Report on sanitation, dispensaries, and jails in Rajputana for 1915, and on vaccination for the year 1915-1916 - 1915-1916
Year: 1915
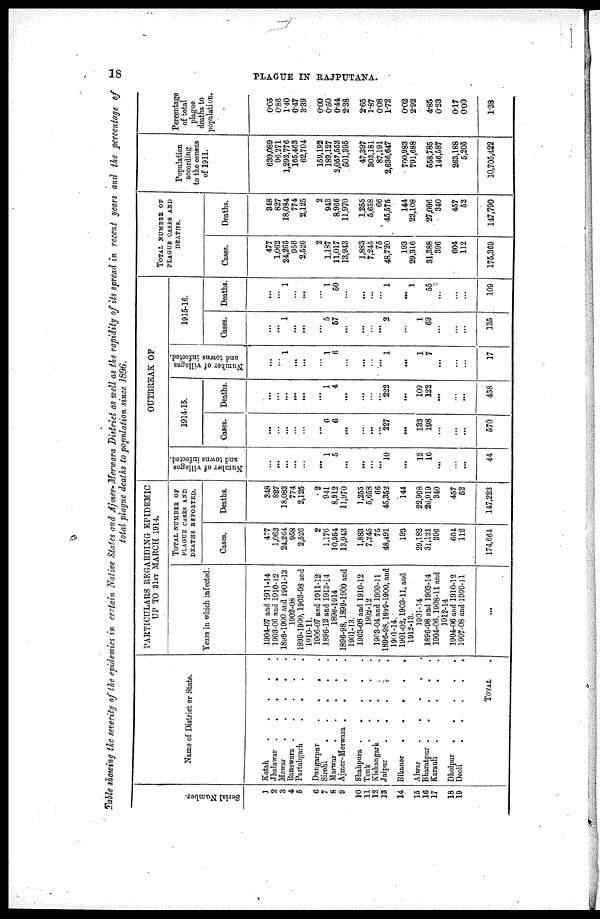
18
PLAGUE IN RAJPUTANA.
Table showing the severity of the epidemics in certain Native States and Ajmer-Merwara District as well as the rapidity of its spread in recent years and the percentage of
total plague deaths to population since 1896.
Serial Number.
1
2
3
4
5
6
7
8
9
10
11
12
13
14
15
16
17
18
19
Name of District or State.
Kotah
.
.
.
.
.
.
Jhalawar .
.
.
.
.
Mewar
.
.
.
.
.
Banswara .
.
.
.
.
Partabgarh
.
.
.
.
Dungarpur
.
.
.
.
Sirohi.
.
.
.
Marwar
.
.
.
.
.
Ajmer-Merwara .
.
.
.
Shahpura .
.
.
.
.
Tonk
.
.
.
.
.
Kishangarh
.
. .
Jaipur
.
.
. .
Bikaner . . . . .
Alwar
.
.
.
.
.
Bharatpur.
.
.
.
Karauli
.
.
.
.
Dholpur.
.
.
.
.
Deoli.
.
.
.
.
TOTAL.
PARTICULARS REGARDING EPIDEMIC
UP TO 31ST MARCH 1914.
Years in which infected.
1904-07 and 1911-14
1903-06 and 1910-12
1898-1900 and 1901-13
1902-08
1899-1900, 1903-08 and
1910-11.
1906-07 and 1911-12
1896-12 and 1913-14
1896-1914
1896-98,1899-1900 and
1901-13.
1903-08 and 1910-12
1902-12
1903-04 and 1909-11
1896-98,1899-1900, and
1901-14.
1901-02,1903-11, and
1912-13.
1901-14
1896-98 and 1903-14
1904-06,1908-11 and
1912-14
1904-06 and 1910-12
1907-08 and 1909-11
...
TOTAL NUMBER OF
PLAGUE CASES AND
DEATHS REPORTED.
Cases.
477
1,062
24,264
958
2,526
2
1,176
10,954
13,943
1,883
7,245
75
48,491
193
29,182
31,121
396
604
112
174,664
Deaths.
348
827
18,083
774
2,125
2
944
8,912
11,970
1,255
5,658
66
45,352
144
22,998
26,919
340
457
52
147,223
OUTBREAK OF
Number of villages
and towns infected.
...
...
...
...
...
...
1
5
...
...
...
...
10
...
12
16
...
...
...
44
1914-15.
Cases.
...
...
...
...
...
...
6
6
...
...
...
...
227
...
133
198
...
...
...
570
Deaths.
...
...
...
...
...
...
1
4
...
...
...
...
222
...
109
122
...
...
...
458
Number of villages
and towns infected.
...
...
1
...
...
...
1
6
...
...
...
...
1
...
1
7
...
...
...
17
1915-16.
Cases.
...
...
1
...
...
...
5
57
...
...
...
...
2
...
1
69
...
...
...
135
Deaths.
...
...
1
...
...
...
1
50
...
...
...
...
1
...
1
55
...
...
...
109
TOTAL NUMBER OF
PLAGUE CASES AND
DEATHS.
Cases.
477
1,062
24,265
958
2,526
2
1,187
11,017
13,943
1,883
7,245
75
48,720
193
29,316
31,388
396
604
112
175,369
Deaths.
348
827
18,084
774
2,125
2
943
8,966
11,970
1,255
5,658
66
45,575
144
23,108
27,096
340
457
52
147,790
Population
according
to the census
of 1911.
639,089
96,271
1,293,776
165,463
62,704
159,192
189,127
2,057,553
501,395
47,397
303,181
87,191
2,636,647
700,983
791,688
558,785
146,587
263,188
5,205
10,705,422
Percentage
of total
plague
deaths to
population.
0.05
0.86
1.40
0.47
3.39
0.00
0.50
0.44
2.38
2.65
1.87
0.08
1.72
0.02
2.92
4.85
0.23
0.17
0.00
1.38